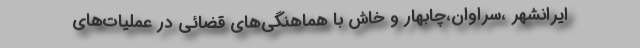
ایرانشهر ،سراوان،چابهار و خاش با هماهنگی‌های قضائی در عملیات‌های